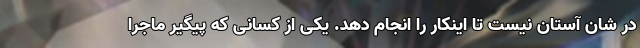
در شان آستان نیست تا اینکار را انجام دهد. یکی از کسانی که پیگیر ماجرا